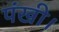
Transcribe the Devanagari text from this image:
पंखी।